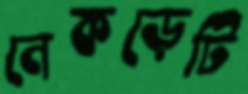
নেকড়েটি